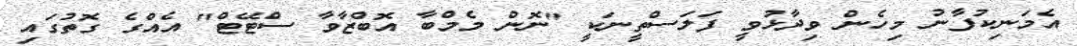
އެމަނިކުފާނު މިހެން ވިދާޅުވީ ފަލަސްތީނަކީ "ނޮން މެމްބާ އޮބްޒާވާ ސްޓޭޓް" އެއްގެ ގޮތުގައި